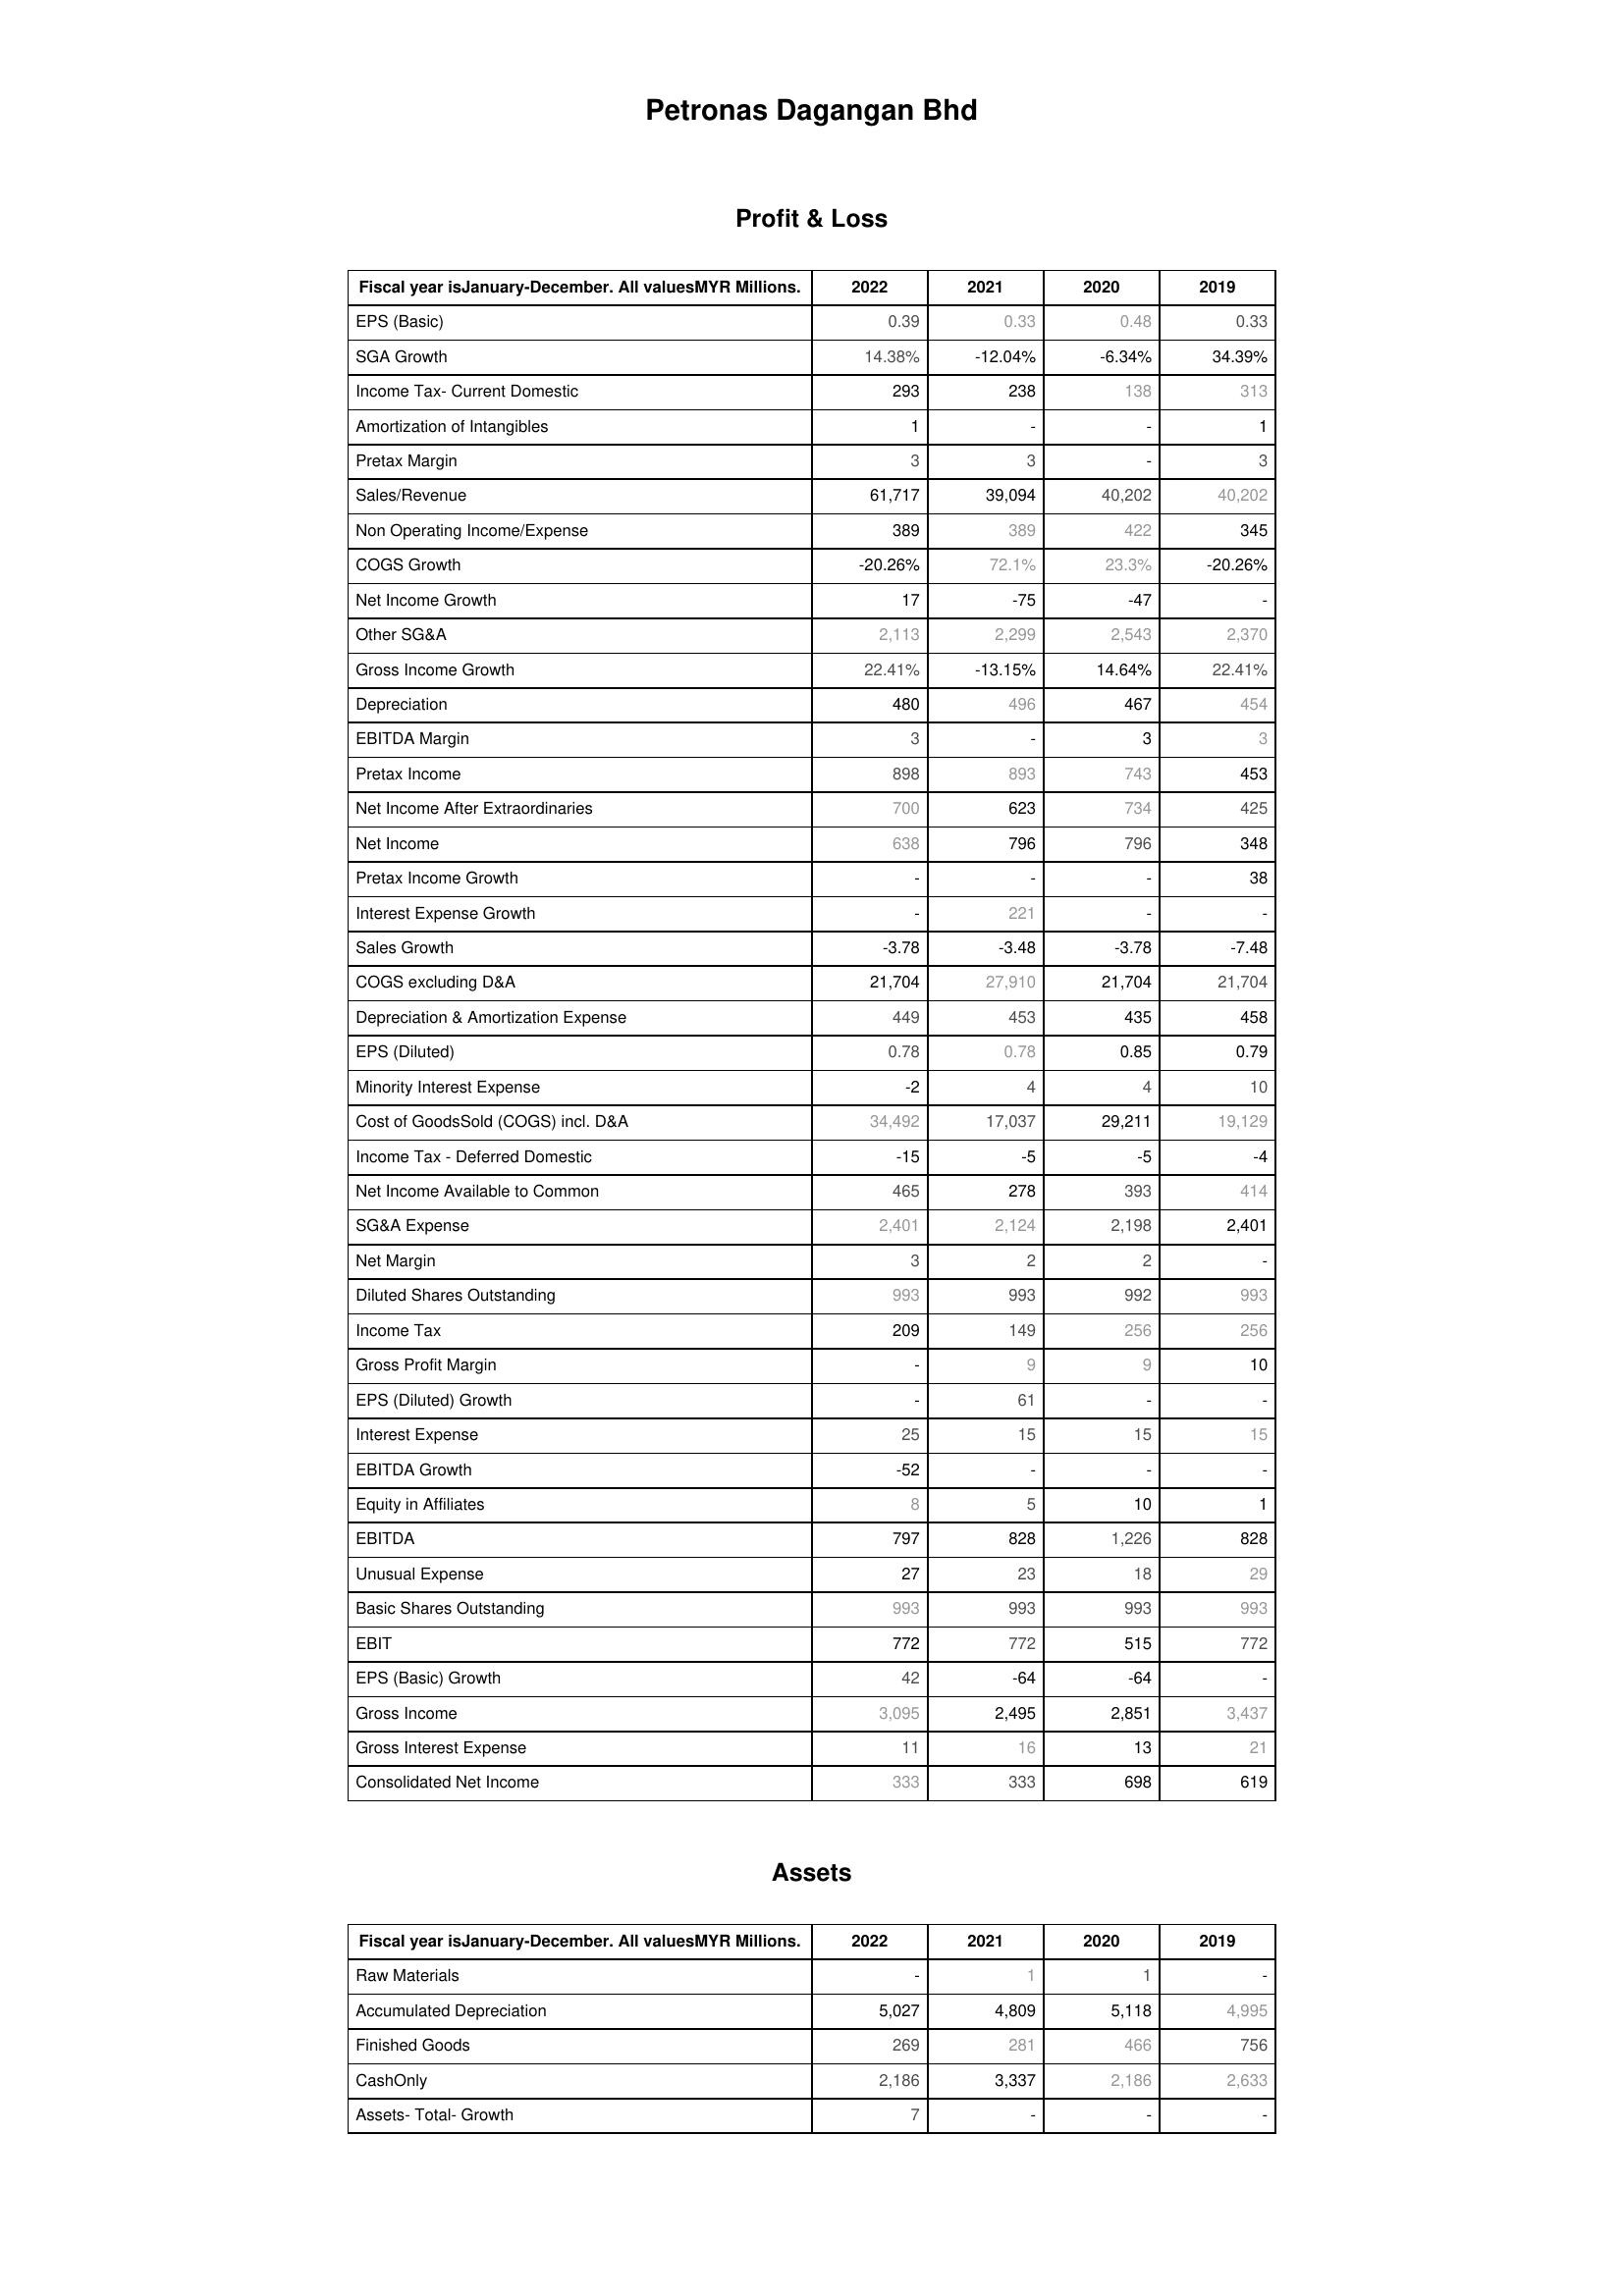
2022: Profit & Loss: EPS (Basic): 0.39
SGA Growth: 14.38%
Income Tax- Current Domestic: 293
Amortization of Intangibles: 1
Pretax Margin: 3
Sales/Revenue: 61,717
Non Operating Income/Expense: 389
COGS Growth: -20.26%
Net Income Growth: 17
Other SG&A: 2,113
Gross Income Growth: 22.41%
Depreciation: 480
EBITDA Margin: 3
Pretax Income: 898
Net Income After Extraordinaries: 700
Net Income: 638
Pretax Income Growth: -
Interest Expense Growth: -
Sales Growth: -3.78
COGS excluding D&A: 21,704
Depreciation & Amortization Expense: 449
EPS (Diluted): 0.78
Minority Interest Expense: -2
Cost of GoodsSold (COGS) incl. D&A: 34,492
Income Tax - Deferred Domestic: -15
Net Income Available to Common: 465
SG&A Expense: 2,401
Net Margin: 3
Diluted Shares Outstanding: 993
Income Tax: 209
Gross Profit Margin: -
EPS (Diluted) Growth: -
Interest Expense: 25
EBITDA Growth: -52
Equity in Affiliates: 8
EBITDA: 797
Unusual Expense: 27
Basic Shares Outstanding: 993
EBIT: 772
EPS (Basic) Growth: 42
Gross Income: 3,095
Gross Interest Expense: 11
Consolidated Net Income: 333
Assets: Raw Materials: -
Accumulated Depreciation: 5,027
Finished Goods: 269
CashOnly: 2,186
Assets- Total- Growth: 7
2021: Profit & Loss: EPS (Basic): 0.33
SGA Growth: -12.04%
Income Tax- Current Domestic: 238
Amortization of Intangibles: -
Pretax Margin: 3
Sales/Revenue: 39,094
Non Operating Income/Expense: 389
COGS Growth: 72.1%
Net Income Growth: -75
Other SG&A: 2,299
Gross Income Growth: -13.15%
Depreciation: 496
EBITDA Margin: -
Pretax Income: 893
Net Income After Extraordinaries: 623
Net Income: 796
Pretax Income Growth: -
Interest Expense Growth: 221
Sales Growth: -3.48
COGS excluding D&A: 27,910
Depreciation & Amortization Expense: 453
EPS (Diluted): 0.78
Minority Interest Expense: 4
Cost of GoodsSold (COGS) incl. D&A: 17,037
Income Tax - Deferred Domestic: -5
Net Income Available to Common: 278
SG&A Expense: 2,124
Net Margin: 2
Diluted Shares Outstanding: 993
Income Tax: 149
Gross Profit Margin: 9
EPS (Diluted) Growth: 61
Interest Expense: 15
EBITDA Growth: -
Equity in Affiliates: 5
EBITDA: 828
Unusual Expense: 23
Basic Shares Outstanding: 993
EBIT: 772
EPS (Basic) Growth: -64
Gross Income: 2,495
Gross Interest Expense: 16
Consolidated Net Income: 333
Assets: Raw Materials: 1
Accumulated Depreciation: 4,809
Finished Goods: 281
CashOnly: 3,337
Assets- Total- Growth: -
2020: Profit & Loss: EPS (Basic): 0.48
SGA Growth: -6.34%
Income Tax- Current Domestic: 138
Amortization of Intangibles: -
Pretax Margin: -
Sales/Revenue: 40,202
Non Operating Income/Expense: 422
COGS Growth: 23.3%
Net Income Growth: -47
Other SG&A: 2,543
Gross Income Growth: 14.64%
Depreciation: 467
EBITDA Margin: 3
Pretax Income: 743
Net Income After Extraordinaries: 734
Net Income: 796
Pretax Income Growth: -
Interest Expense Growth: -
Sales Growth: -3.78
COGS excluding D&A: 21,704
Depreciation & Amortization Expense: 435
EPS (Diluted): 0.85
Minority Interest Expense: 4
Cost of GoodsSold (COGS) incl. D&A: 29,211
Income Tax - Deferred Domestic: -5
Net Income Available to Common: 393
SG&A Expense: 2,198
Net Margin: 2
Diluted Shares Outstanding: 992
Income Tax: 256
Gross Profit Margin: 9
EPS (Diluted) Growth: -
Interest Expense: 15
EBITDA Growth: -
Equity in Affiliates: 10
EBITDA: 1,226
Unusual Expense: 18
Basic Shares Outstanding: 993
EBIT: 515
EPS (Basic) Growth: -64
Gross Income: 2,851
Gross Interest Expense: 13
Consolidated Net Income: 698
Assets: Raw Materials: 1
Accumulated Depreciation: 5,118
Finished Goods: 466
CashOnly: 2,186
Assets- Total- Growth: -
2019: Profit & Loss: EPS (Basic): 0.33
SGA Growth: 34.39%
Income Tax- Current Domestic: 313
Amortization of Intangibles: 1
Pretax Margin: 3
Sales/Revenue: 40,202
Non Operating Income/Expense: 345
COGS Growth: -20.26%
Net Income Growth: -
Other SG&A: 2,370
Gross Income Growth: 22.41%
Depreciation: 454
EBITDA Margin: 3
Pretax Income: 453
Net Income After Extraordinaries: 425
Net Income: 348
Pretax Income Growth: 38
Interest Expense Growth: -
Sales Growth: -7.48
COGS excluding D&A: 21,704
Depreciation & Amortization Expense: 458
EPS (Diluted): 0.79
Minority Interest Expense: 10
Cost of GoodsSold (COGS) incl. D&A: 19,129
Income Tax - Deferred Domestic: -4
Net Income Available to Common: 414
SG&A Expense: 2,401
Net Margin: -
Diluted Shares Outstanding: 993
Income Tax: 256
Gross Profit Margin: 10
EPS (Diluted) Growth: -
Interest Expense: 15
EBITDA Growth: -
Equity in Affiliates: 1
EBITDA: 828
Unusual Expense: 29
Basic Shares Outstanding: 993
EBIT: 772
EPS (Basic) Growth: -
Gross Income: 3,437
Gross Interest Expense: 21
Consolidated Net Income: 619
Assets: Raw Materials: -
Accumulated Depreciation: 4,995
Finished Goods: 756
CashOnly: 2,633
Assets- Total- Growth: -